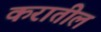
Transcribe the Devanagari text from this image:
करातील